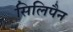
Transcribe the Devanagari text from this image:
सिलिपैन